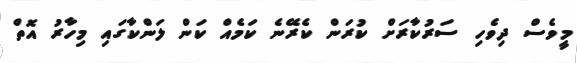
މީވެސް ދިވެހި ސަރުކާރަށް ކުރަން ކެރޭނެ ކަމެއް ކަން ލަންކާގައި މިހާރު އޮތް